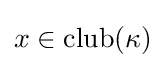
x\in \operatorname {club} (\kappa )